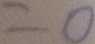
= 0